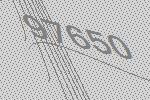
97650